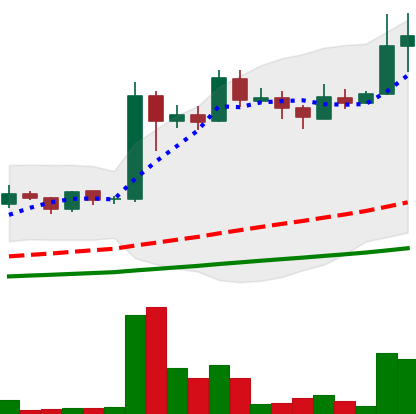
Ticker: LINK-USD
Chart end date: 2019-06-26
Forward return: 58.827%
Label: up_7plus